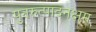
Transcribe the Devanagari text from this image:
पुनरुत्पादनक्षम